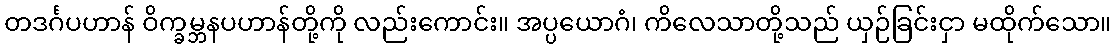
တဒင်္ဂပဟာန် ဝိက္ခမ္ဘနပဟာန်တို့ကို လည်းကောင်း။ အပ္ပယောဂံ၊ ကိလေသာတို့သည် ယှဉ်ခြင်းငှာ မထိုက်သော။